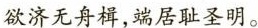
欲济无舟楫，端居耻圣明。